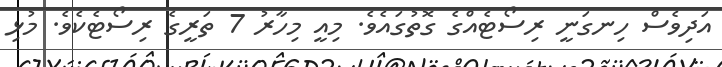
އަދިވެސް ހިނގަނީ ރިސޯޓެއްގެ ގޮތުގައެވެ. މިއީ މިހާރު 7 ތަރީގެ ރިސޯޓެކެވެ. މުޅި